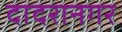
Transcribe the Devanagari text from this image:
दादरानगर